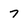
Character: 7